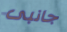
جانبى